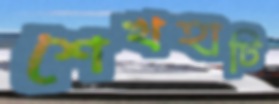
শেখহাটি